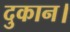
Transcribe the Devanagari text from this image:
दुकान।